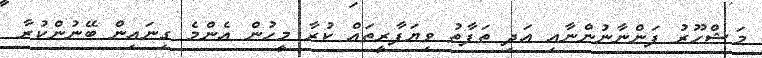
މަޝްހޫރު ފަންނާނުންނާއި އަދި ތަފާތު ވިޔަފާރީތައް ކުރާ މީހުން އެންމެ ގިނައިން ބޭނުންކުރާ